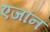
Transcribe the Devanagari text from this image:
एजॉन